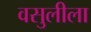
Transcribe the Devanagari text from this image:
वसुलीला